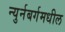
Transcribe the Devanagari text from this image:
न्युर्नबर्गमधील